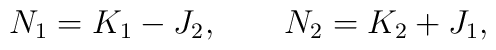
N_{1} = K_{1} - J_{2} , \qquad N_{2} = K_{2} + J_{1} ,